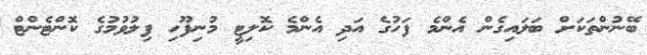
ބޭނުންތަކަށް ބަލައިގެން އެންމެ ފަހުގެ އަދި އެންމެ ކޮލިޓީ މުނިފޫހި ފިލުވުމުގެ ކޮންޓެންޓް